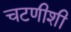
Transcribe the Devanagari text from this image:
चटणीशी